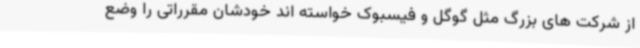
از شرکت های بزرگ مثل گوگل و فیسبوک خواسته اند خودشان مقرراتی را وضع